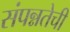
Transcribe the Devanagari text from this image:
संपन्नतेची